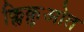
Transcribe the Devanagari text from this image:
क्लिक़ुओत